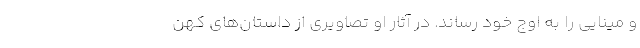
و مینایی را به اوج خود رساند. در آثار او تصاویری از داستان‌های کهن